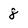
Character: 8